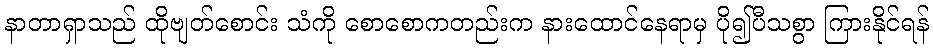
နာတာရှာသည် ထိုဗျတ်စောင်း သံကို စောစောကတည်းက နားထောင်နေရာမှ ပို၍ပီသစွာ ကြားနိုင်ရန်